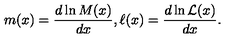
m ( x ) = \frac { d \ln { M ( x ) } } { d x } , \ell ( x ) = \frac { d \ln { { \cal L } ( x ) } } { d x } .